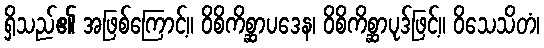
ရှိသည်၏ အဖြစ်ကြောင့်။ ဝိစိကိစ္ဆာပဒေန၊ ဝိစိကိစ္ဆာပုဒ်ဖြင့်။ ဝိသေသိတံ၊